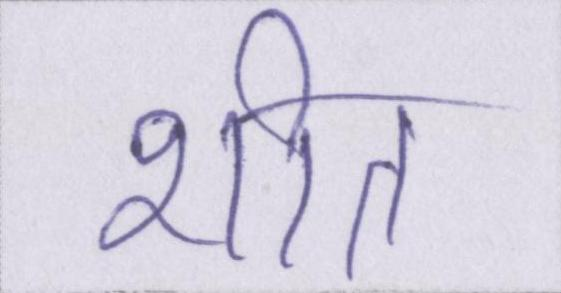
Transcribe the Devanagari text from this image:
शीत